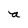
Character: a